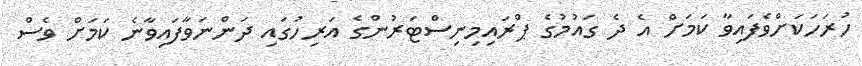
ހުރަހަކަށްވެފައިވާ ކަމަށް އެ ދެ ގައުމުގެ ޕްރައިމިނިސްޓަރުންގެ އަރިހުގައި ދަންނަވާފައިވާނެ ކަމަށް ވެސް